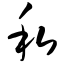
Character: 私